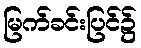
မြက်ခင်းပြင်၌